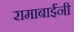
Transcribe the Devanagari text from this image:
रामाबाईंनी